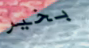
بخير